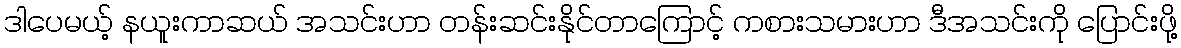
ဒါပေမယ့် နယူးကာဆယ် အသင်းဟာ တန်းဆင်းနိုင်တာကြောင့် ကစားသမားဟာ ဒီအသင်းကို ပြောင်းဖို့